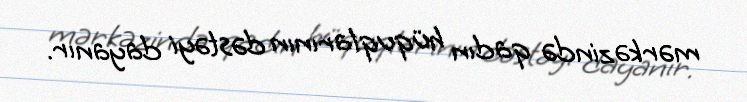
mərkəzində qadın hüquqlarının dəstəyi dayanır.